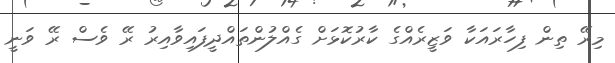
މިރޭ ތިން ފިހާރައަކާ ވަޒީރެއްގެ ކާރުކޮޅަށް ގެއްލުންތައްދީފައިވާއިރު ރޭ ވެސް ރޭ ވަނީ